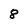
Character: 8